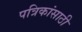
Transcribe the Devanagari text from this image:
पत्रिकांसाठी